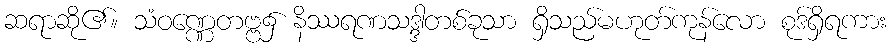
ဆရာဆို၏။ သံဝဏ္ဏေတဗ္ဗ၌ နိဿရဏသဒ္ဒါတစ်ခုသာ ရှိသည်မဟုတ်ကုန်လော စုဒ်ရှိရကား